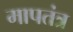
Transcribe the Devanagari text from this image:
मापतंत्र